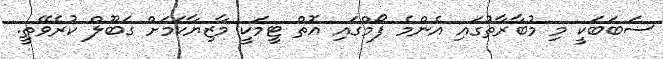
ސަބަބަކީ މި މުބާރާތުގައި އެންމެ ފޯމްގައި އޮތް ޓީމަކީ މާޒިޔާކަމަށް ގަބޫލް ކުރެވޭތީ.